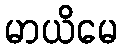
မာယိမေ